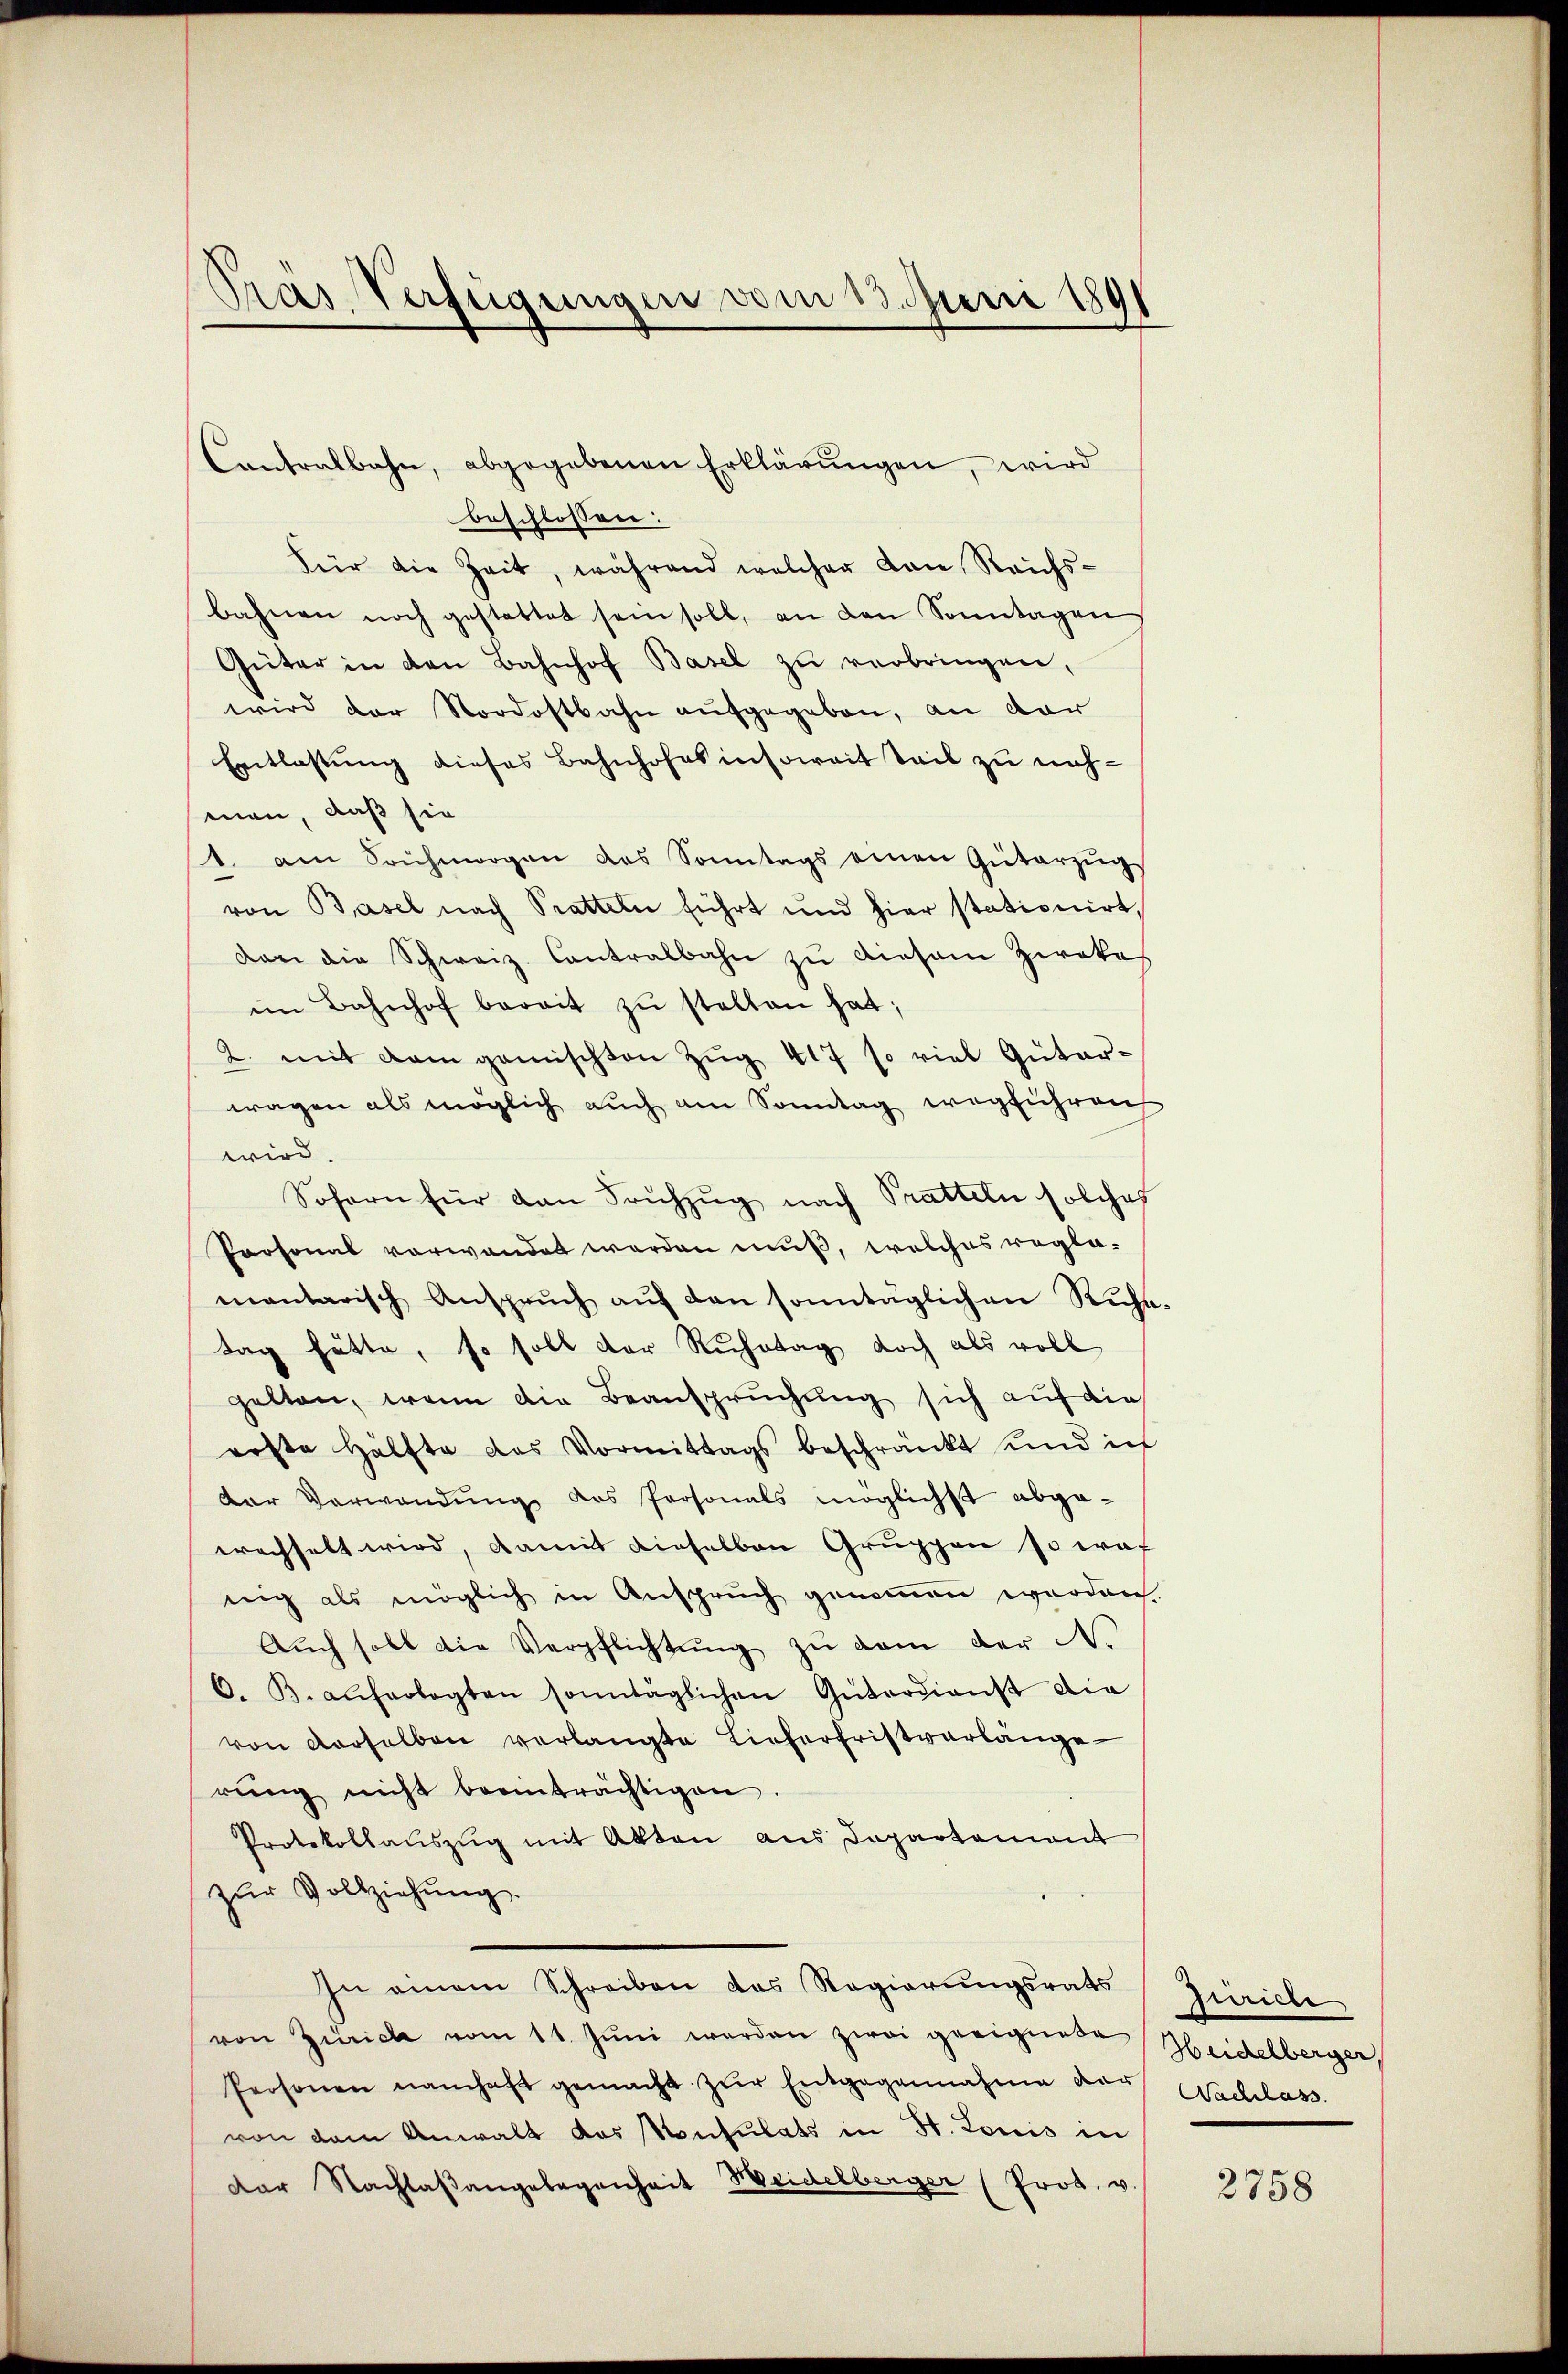
Pras Verfügungen vom 13. Juni 189

Contralbahn, abgegebenen Erklärŭngen, wird
beschlossen:
Für die Zeit, während welcher von Reichs-
bahnen noch gestattet sein soll, an den Sonntagen,
Güter in den Bahnhof Basel zŭ verbringen,
wird der Nordostbahn aufgegeben, an dar
Entlastung dieses Bahnhofes insoweit Teil zu nach-
men, daß sie
1. am Saŭhmorgen des Sonntags einen Güterzŭgs
von Basel nach Pratteln führt und hier stationirt,
dan die Schweiz. Contralbahn zu diesem Ziakas
im Bahnhof bereit zŭ stellen hat;
2. mit dem gemischten Zŭg 417 so viel Güter-
wagen als möglich auch am Sonntag wegführen
wird.
Sofern für dan Frühzug nach Pratteln solches
Personal vorwandet werden muß, welches reglemantarisch Ansprŭch aŭf den sonntäglichen Rŭhe-
tag hätte, so soll der Ruhetag doch als voll
gelten, wenn die Beanspruchung sich auf die
rofte Hälfte das Vormittags beschränkt und ich
der Verwendŭng des Personals möglichst abge-
wachselt wird, damit dieselben Gruppen so waf
nig als möglich in Anspruch genommen werden.
Aŭch soll die Verpflichtŭng zŭ dem der N.
6. B. auferlegten sonntäglichen Güterdienst die
von derselben verlangte Lieferfristverlänge
rŭng nicht beeinträchtigen.
Protokollauszug mit Akten aus Departement
zŭr Vollziehung.
In einem Schreiben das Regierŭngsrats Zürich
von Zürich vom 11. Jŭni werden zwai geeignete
Personen namhaft gemacht zŭr Entgegennahme der Nachlass.
von dem Anwalt das Konsulats in St. Louis in
der Nachlaßangelegenheit Weidelberger (Prod. v.

Heidelberger,

2758